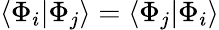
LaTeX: \langle\Phi_{i}|\Phi_{j}\rangle=\langle\Phi_{j}|\Phi_{i}\rangle